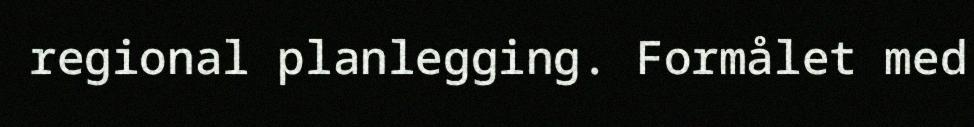
regional planlegging. Formålet med